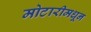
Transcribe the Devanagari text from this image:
मोटारीमधून